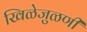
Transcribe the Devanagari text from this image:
खिळेजुळणी